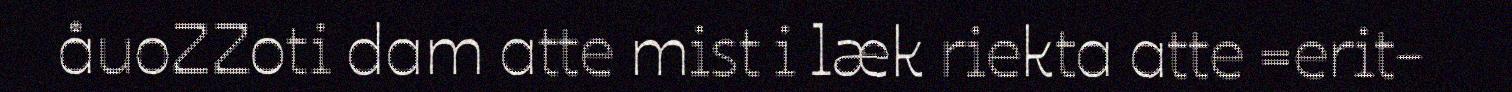
åuoZZoti dam atte mist i læk riekta atte =erit-